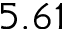
5 . 6 1